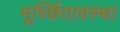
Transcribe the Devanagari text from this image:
मूर्च्छितावस्था